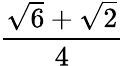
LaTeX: \frac{{\sqrt{6}}+{\sqrt{2}}}{4}